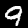
Label: 9